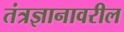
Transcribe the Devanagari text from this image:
तंत्रज्ञानावरील